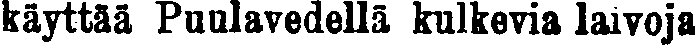
käyttää Puulavedellä kulkevia laivoja